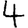
Digit: 4